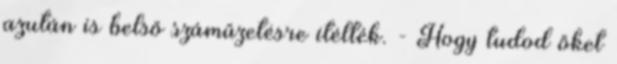
azután is belső száműzetésre ítélték. - Hogy tudod őket